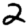
Digit: 2